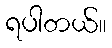
ရပါတယ်။